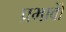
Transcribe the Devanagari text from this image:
प्रभावोें